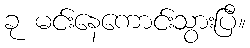
ခု မင်းနေကောင်းသွားပြီ။